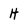
Character: H